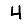
Digit: 4